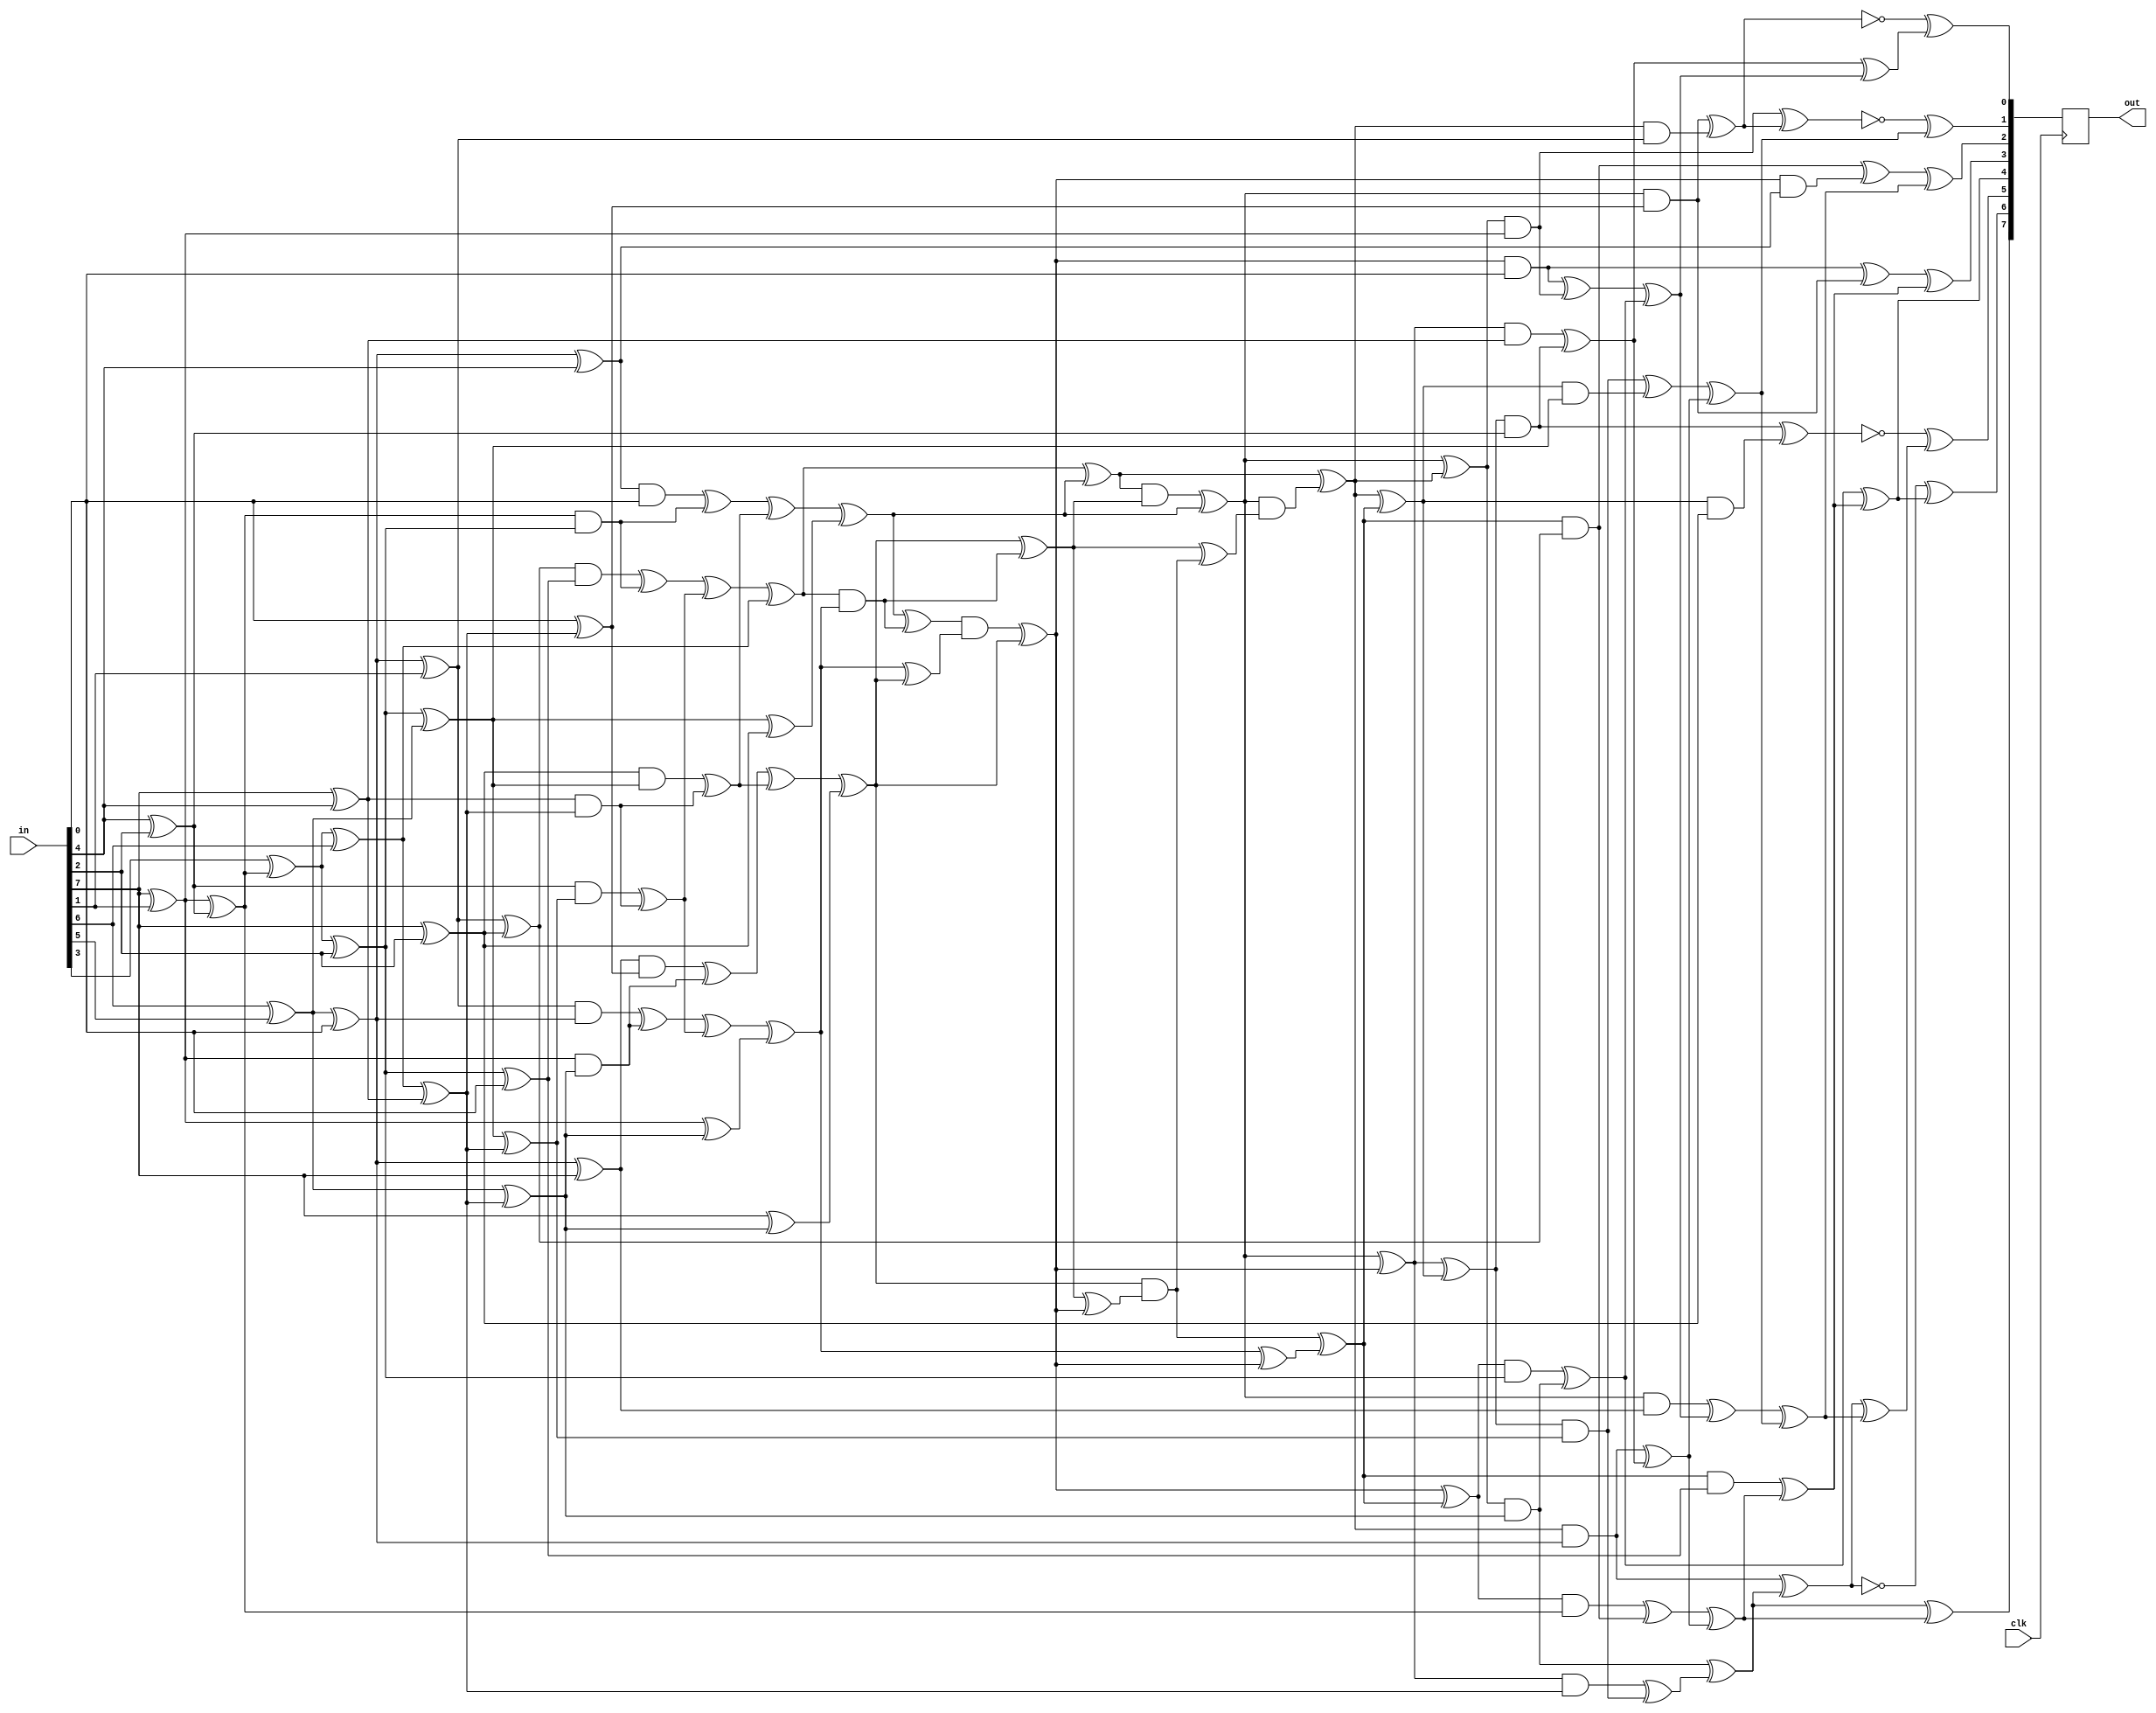
/*
 * Copyright 2012, Siam Umar Hussain <siam.umar@gmail.com>
 *
 * Licensed under the Apache License, Version 2.0 (the "License");
 * you may not use this file except in compliance with the License.
 * You may obtain a copy of the License at
 *
 * http://www.apache.org/licenses/LICENSE-2.0
 *
 * Unless required by applicable law or agreed to in writing, software
 * distributed under the License is distributed on an "AS IS" BASIS,
 * WITHOUT WARRANTIES OR CONDITIONS OF ANY KIND, either express or implied.
 * See the License for the specific language governing permissions and
 * limitations under the License.
 */


/*http://cs-www.cs.yale.edu/homes/peralta/CircuitStuff/CMT.html*/
module S(
    input clk,
    input [7:0] in,
    output reg [7:0] out
    );
	
	wire[0:7] s, x;

	assign x = in;
	
	always @ (posedge clk)
        out <= s;
	
	wire [21:0] y;
	wire [67:0] t;
	wire [17:0] z;
	
	assign y[14] = x[3] ^ x[5];
	assign y[13] = x[0] ^ x[6];
	assign y[9] = x[0] ^ x[3];
	assign y[8] = x[0] ^ x[5];
	assign t[0] = x[1] ^ x[2];
	assign y[1] = t[0] ^ x[7];
	assign y[4] = y[1] ^ x[3];
	assign y[12] = y[13] ^ y[14];
	assign y[2] = y[1] ^ x[0];
	assign y[5] = y[1] ^ x[6];
	assign y[3] = y[5] ^ y[8];
	assign t[1] = x[4] ^ y[12];
	assign y[15] = t[1] ^ x[5];
	assign y[20] = t[1] ^ x[1];
	assign y[6] = y[15] ^ x[7];
	assign y[10] = y[15] ^ t[0];
	assign y[11] = y[20] ^ y[9];
	assign y[7] = x[7] ^ y[11];
	assign y[17] = y[10] ^ y[11];
	assign y[19] = y[10] ^ y[8];
	assign y[16] = t[0] ^ y[11];
	assign y[21] = y[13] ^ y[16];
	assign y[18] = x[0] ^ y[16];
	
	assign t[2] = y[12] & y[15];
	assign t[3] = y[3] & y[6];
	assign t[4] = t[3] ^ t[2];
	assign t[5] = y[4] & x[7];
	assign t[6] = t[5] ^ t[2]; 
	assign t[7] = y[13] & y[16];
	assign t[8] = y[5] & y[1];
	assign t[9] = t[8] ^ t[7];
	assign t[10] = y[2] & y[7];
	assign t[11] = t[10] ^ t[7];
	assign t[12] = y[9] & y[11];
	assign t[13] = y[14] & y[17];
	assign t[14] = t[13] ^ t[12];
	assign t[15] = y[8] & y[10];
	assign t[16] = t[15] ^ t[12];
	assign t[17] = t[4] ^ t[14];
	assign t[18] = t[6] ^ t[16];
	assign t[19] = t[9] ^ t[14];
	assign t[20] = t[11] ^ t[16];
	assign t[21] = t[17] ^ y[20];
	assign t[22] = t[18] ^ y[19];
	assign t[23] = t[19] ^ y[21];
	assign t[24] = t[20] ^ y[18];
	
	assign t[25] = t[21] ^ t[22];
	assign t[26] = t[21] & t[23];
	assign t[27] = t[24] ^ t[26];
	assign t[28] = t[25] & t[27]; 
	assign t[29] = t[28] ^ t[22];
	assign t[30] = t[23] ^ t[24];
	assign t[31] = t[22] ^ t[26];
	assign t[32] = t[31] & t[30];
	assign t[33] = t[32] ^ t[24];
	assign t[34] = t[23] ^ t[33];
	assign t[35] = t[27] ^ t[33];
	assign t[36] = t[24] & t[35]; 
	assign t[37] = t[36] ^ t[34];
	assign t[38] = t[27] ^ t[36];
	assign t[39] = t[29] & t[38];
	assign t[40] = t[25] ^ t[39];
	
	assign t[41] = t[40] ^ t[37];
	assign t[42] = t[29] ^ t[33];
	assign t[43] =  t[29] ^ t[40];
	assign t[44] =  t[33] ^ t[37];
	assign t[45] = t[42] ^ t[41];
	assign z[0] = t[44] & y[15];
	assign z[1] = t[37] & y[6];
	assign z[2] = t[33] & x[7];
	assign z[3] = t[43] & y[16];
	assign z[4] = t[40] & y[1];
	assign z[5] = t[29] & y[7];
	assign z[6] = t[42] & y[11];
	assign z[7] = t[45] & y[17];
	assign z[8] = t[41] & y[10];
	assign z[9] = t[44] & y[12];
	assign z[10] = t[37] & y[3];
	assign z[11] = t[33] & y[4];
	assign z[12] = t[43] & y[13];
	assign z[13] = t[40] & y[5];
	assign z[14] = t[29] & y[2];
	assign z[15] = t[42] & y[9];
	assign z[16] = t[45] & y[14];
	assign z[17] = t[41] & y[8];
	
	assign t[46] = z[15] ^ z[16];
	assign t[47] = z[10] ^ z[11];
	assign t[48] = z[5] ^ z[13];
	assign t[49] = z[9] ^ z[10];
	assign t[50] = z[2] ^ z[12];
	assign t[51] = z[2] ^ z[5];
	assign t[52] = z[7] ^ z[8];
	assign t[53] = z[0] ^ z[3];
	assign t[54] = z[6] ^ z[7];
	assign t[55] = z[16] ^ z[17];
	assign t[56] = z[12] ^ t[48];
	assign t[57] = t[50] ^ t[53];
	assign t[58] = z[4] ^ t[46];
	assign t[59] = z[3] ^ t[54];
	assign t[60] = t[46] ^ t[57];
	assign t[61] = z[14] ^ t[57];
	assign t[62] = t[52] ^ t[58];
	assign t[63] = t[49] ^ t[58];
	assign t[64] = z[4] ^ t[59];
	assign t[65] = t[61] ^ t[62];
	assign t[66] = z[1] ^ t[63];
	assign s[0] = t[59] ^ t[63];
	assign s[6] = ~t[56 ] ^ t[62]; 
	assign s[7] = ~t[48 ] ^ t[60]; 
	assign t[67] = t[64] ^ t[65];
	assign s[3] = t[53] ^ t[66];
	assign s[4] = t[51] ^ t[66];
	assign s[5] = t[47] ^ t[65];
	assign s[1] = ~t[64 ] ^ s[3]; 
	assign s[2] = ~t[55 ] ^ t[67]; 
  
endmodule 


module xS (clk, in, out); //this is sbox times 2 
    input clk;
    input [7:0] in;
    output [7:0] out;
    
    wire [7:0] out_2;
	
	S S_(
		.clk(clk),
		.in(in),
		.out(out_2)
	);
	
	wire dummy;
	
	assign {dummy, out} = out_2[7]? {out_2, 1'b0}^9'h11b : {out_2, 1'b0}; //Finite Field Multiplication: https://www.cs.uaf.edu/2013/spring/cs463/lecture/02_11_groups_fields.html
	
	
endmodule